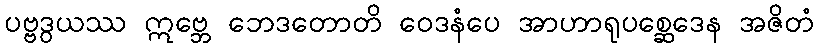
ပဗ္ဗဒွယဿ ဣဗ္ဘေ ဘေဒတောတိ ဝေဒနံပေ အာဟာရုပစ္ဆေဒေန အဇိတံ